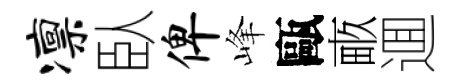
凛臥俾峰甌畞逥